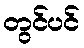
တွင်ပင်